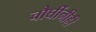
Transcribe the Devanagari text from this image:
चौघींनीही